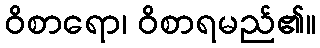
ဝိစာရော၊ ဝိစာရမည်၏။